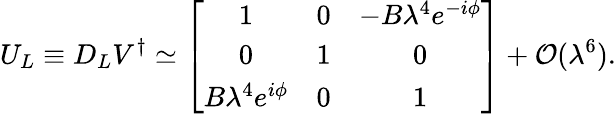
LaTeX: U_{L}\equiv D_{L}V^{\dagger}\simeq\left[\begin{array}{ccc}{{1}}&{{0}}&{{-B\lambda^{4}e^{-i\phi}}}\\ {{0}}&{{1}}&{{0}}\\ {{B\lambda^{4}e^{i\phi}}}&{{0}}&{{1}}\end{array}\right]+{\cal O}(\lambda^{6}).